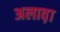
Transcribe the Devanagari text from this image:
अलाव़ा